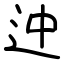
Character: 迚